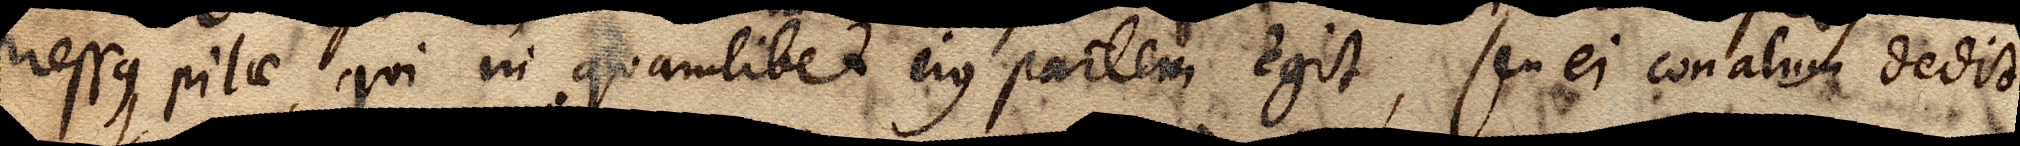
pressus, pilae qui in quamlibet ejus partem egit, seu ei conatum dedit.